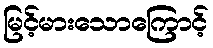
မြင့်မားသောကြောင့်